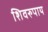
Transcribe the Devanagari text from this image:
शिवरुपाय